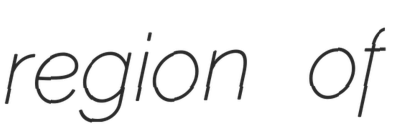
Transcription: region of